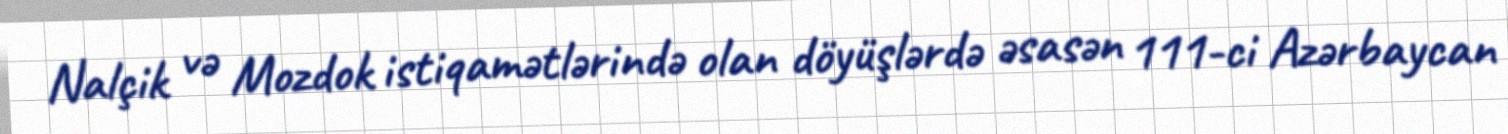
Nalçik və Mozdok istiqamətlərində olan döyüşlərdə əsasən 111-ci Azərbaycan